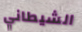
الشيطاني